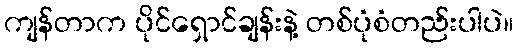
ကျန်တာက ပိုင်ရှောင်ချန်းနဲ့ တစ်ပုံစံတည်းပါပဲ။